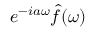
e ^ { - i a \omega } { \hat { f } } ( \omega )